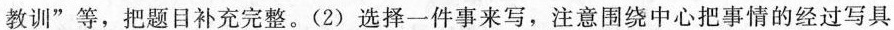
教训”等，把题目补充完整。(2)选择一件事来写，注意围绕中心把事情的经过写具